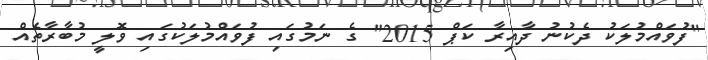
"ފުވައްމުލަކު ދެކުނު ދާއިރާ ކަޕް 2015" ގެ ނަމުގައި ފުވައްމުލަކުގައި ވޮލީ މުބާރާތެއް